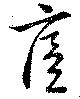
廙